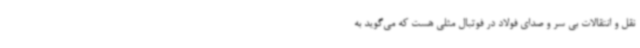
نقل و انتقالات بی سر و صدای فولاد در فوتبال مثلی هست که می‌گوید به